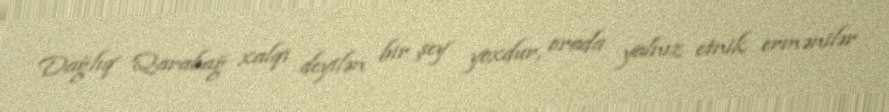
Dağlıq Qarabağ xalqı deyilən bir şey yoxdur, orada yalnız etnik ermənilər